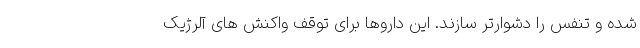
شده و تنفس را دشوارتر سازند. این داروها برای توقف واکنش های آلرژیک